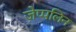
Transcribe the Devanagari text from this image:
ज़ेप्पलिन